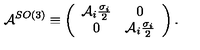
\mathcal { A } ^ { S O ( 3 ) } \equiv \left( \begin{array} { c c } { \mathcal { A } _ { i } \frac { \sigma _ { i } } { 2 } } & { 0 } \\ { 0 } & { \mathcal { A } _ { i } \frac { \sigma _ { i } } { 2 } } \\ \end{array} \right) .